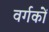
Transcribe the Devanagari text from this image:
वर्गकों